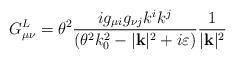
\begin{align*}G^{L}_{\mu \nu }=\theta ^{2}\frac{ig_{\mu i}g_{\nu j}k^{i}k^{j}}{(\theta ^{2}k^{2}_{0}-|\mathbf{k}|^{2}+i\varepsilon )}\frac{1}{|\mathbf{k}|^{2}}\end{align*}